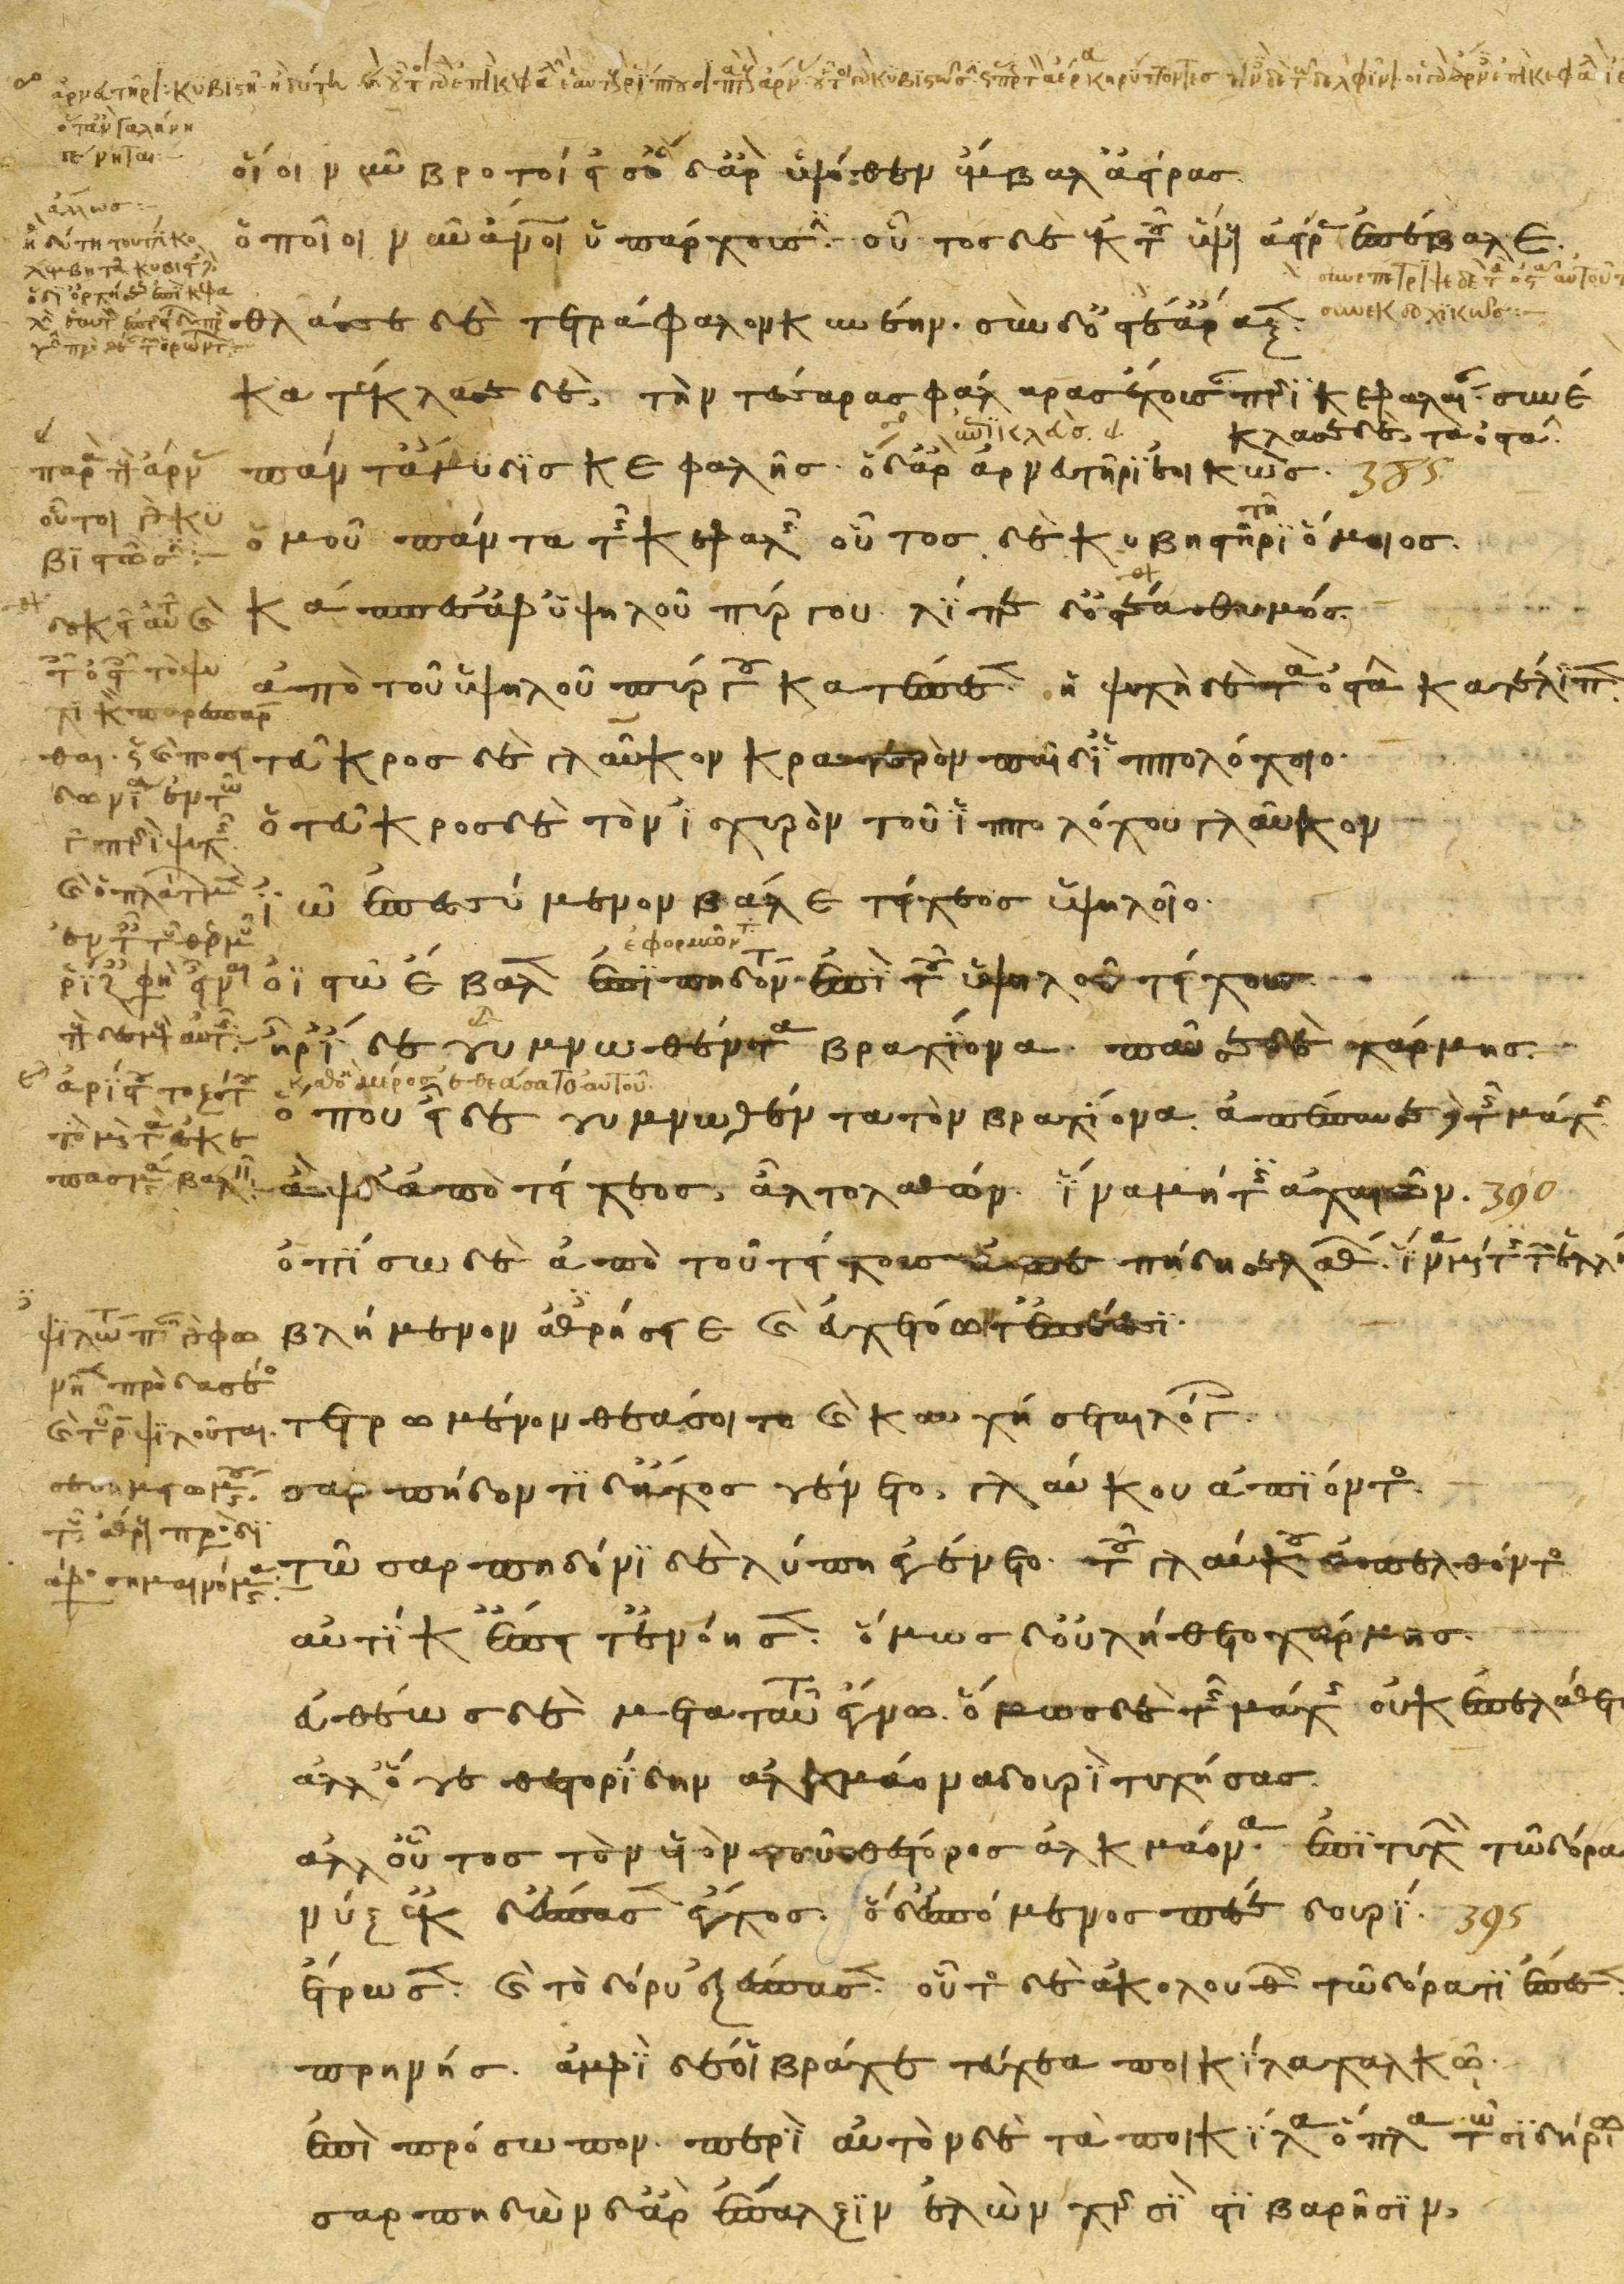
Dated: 1200–1299